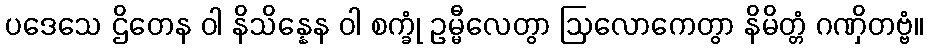
ပဒေသေ ဌိတေန ဝါ နိသိန္နေန ဝါ စက္ခုံ ဥမ္မီလေတွာ ဩလောကေတွာ နိမိတ္တံ ဂဏှိတဗ္ဗံ။